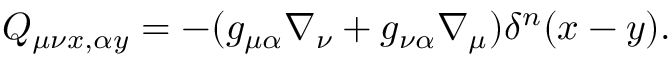
Q _ { \mu \nu x , \alpha y } = - ( g _ { \mu \alpha } \nabla _ { \nu } + g _ { \nu \alpha } \nabla _ { \mu } ) \delta ^ { n } ( x - y ) .